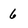
Character: 6